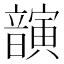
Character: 𫖚